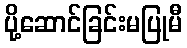
ပို့ဆောင်ခြင်းမပြုမီ